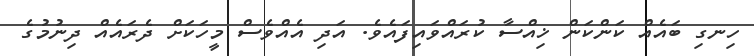
ހިނގި ބައެއް ކަންކަން ޚިއްސާ ކުރައްވައިފައެވެ. އަދި އެއްވެސް މީހަކަށް ދެރައެއް ދިނުމުގެ